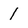
Character: 1